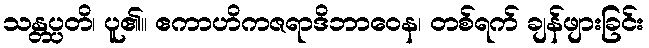
သန္တပ္ပတိ၊ ပူ၏။ ဧကာဟိကဇရာဒိဘာဝေန၊ တစ်ရက် ချန်ဖျားခြင်း